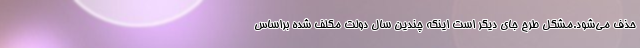
حذف می‌شود.مشکل طرح جای دیگر است اینکه چندین سال دولت مکلف شده براساس